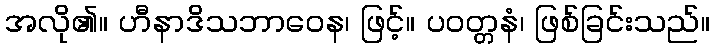
အလို၏။ ဟီနာဒိသဘာဝေန၊ ဖြင့်။ ပဝတ္တနံ၊ ဖြစ်ခြင်းသည်။